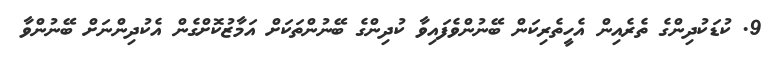
9. ކުޑަކުދިންގެ ތެރެއިން އެހީތެރިކަން ބޭނުންވެފައިވާ ކުދިންގެ ބޭނުންތަކަށް އަމާޒުކޮށްގެން އެކުދިންނަށް ބޭނުންވާ